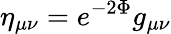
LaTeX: \eta_{\mu\nu}=e^{-2\Phi}g_{\mu\nu}